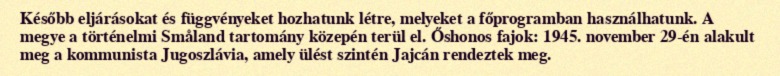
Később eljárásokat és függvényeket hozhatunk létre, melyeket a főprogramban használhatunk. A megye a történelmi Småland tartomány közepén terül el. Őshonos fajok: 1945. november 29-én alakult meg a kommunista Jugoszlávia, amely ülést szintén Jajcán rendeztek meg.